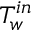
T _ { w } ^ { i n }